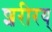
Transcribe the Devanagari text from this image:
शरीरय्